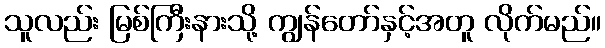
သူလည်း မြစ်ကြီးနားသို့ ကျွန်တော်နှင့်အတူ လိုက်မည်။